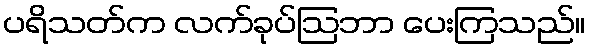
ပရိသတ်က လက်ခုပ်ဩဘာ ပေးကြသည်။